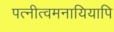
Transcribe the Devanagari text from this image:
पत्नीत्वमनायियापि